Annual report of the Punjab Veterinary College and of the Civil Veterinary Department, Punjab - 1926-1932
Year: 1926
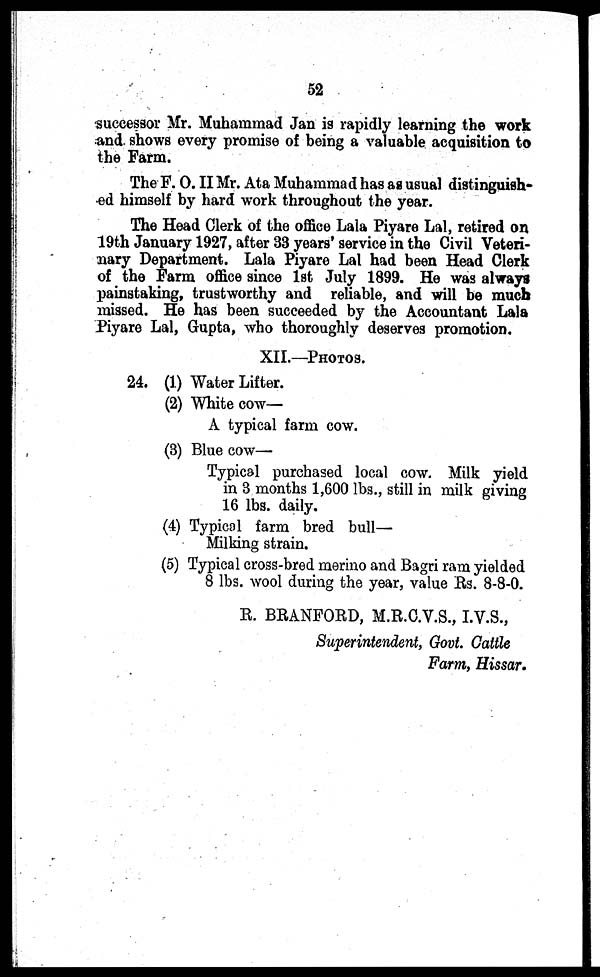
52
successor Mr. Muhammad Jan is rapidly learning the work
and shows every promise of being a valuable acquisition to
the Farm.
The F. O. II Mr. Ata Muhammad has as usual distinguish-
ed himself by hard work throughout the year.
The Head Clerk of the office Lala Piyare Lal, retired on
19th January 1927, after 33 years' service in the Civil Veteri-
nary Department. Lala Piyare Lal had been Head Clerk
of the Farm office since 1st July 1899. He was always
painstaking, trustworthy and reliable, and will be much
missed. He has been succeeded by the Accountant Lala
Piyare Lal, Gupta, who thoroughly deserves promotion.
XII.—PHOTOS.
24. (1) Water Lifter.
(2) White cow—
A typical farm cow.
(3) Blue cow-
Typical purchased local cow. Milk yield
in 3 months 1,600 lbs., still in milk giving
16 lbs. daily.
(4) Typical farm bred bull—
Milking strain.
(5) Typical cross-bred merino and Bagri ram yielded
8 lbs. wool during the year, value Rs. 8-8-0.
R. BRANFORD, M.R.C.V.S., I.V.S.,
Superintendent, Govt. Cattle
Farm, Hissar.